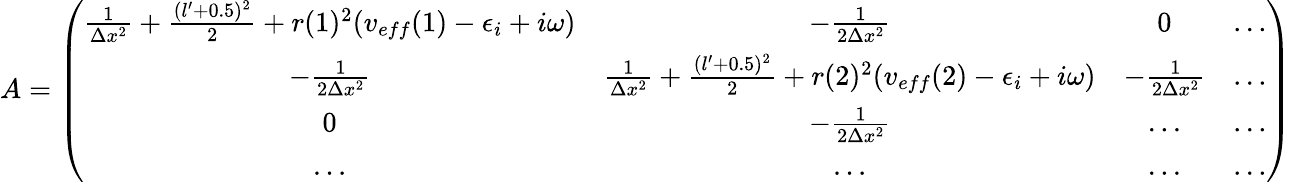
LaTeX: A=\left(\begin{array}{cccc}{\frac{1}{\Delta x^{2}}+\frac{(l^{\prime}+0.5)^{2}}{2}+r(1)^{2}(v_{eff}(1)-\epsilon_{i}+i\omega)}&{-\frac{1}{2\Delta x^{2}}}&{0}&{...}\\ {-\frac{1}{2\Delta x^{2}}}&{\frac{1}{\Delta x^{2}}+\frac{(l^{\prime}+0.5)^{2}}{2}+r(2)^{2}(v_{eff}(2)-\epsilon_{i}+i\omega)}&{-\frac{1}{2\Delta x^{2}}}&{...}\\ {0}&{-\frac{1}{2\Delta x^{2}}}&{...}&{...}\\ {...}&{...}&{...}&{...}\end{array}\right)